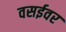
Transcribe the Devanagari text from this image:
वसईवर